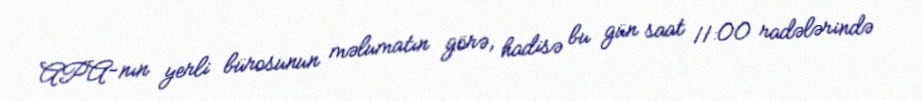
APA-nın yerli bürosunun məlumatın görə, hadisə bu gün saat 11:00 radələrində